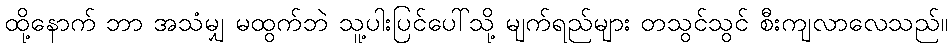
ထို့နောက် ဘာ အသံမျှ မထွက်ဘဲ သူ့ပါးပြင်ပေါ်သို့ မျက်ရည်များ တသွင်သွင် စီးကျလာလေသည်။